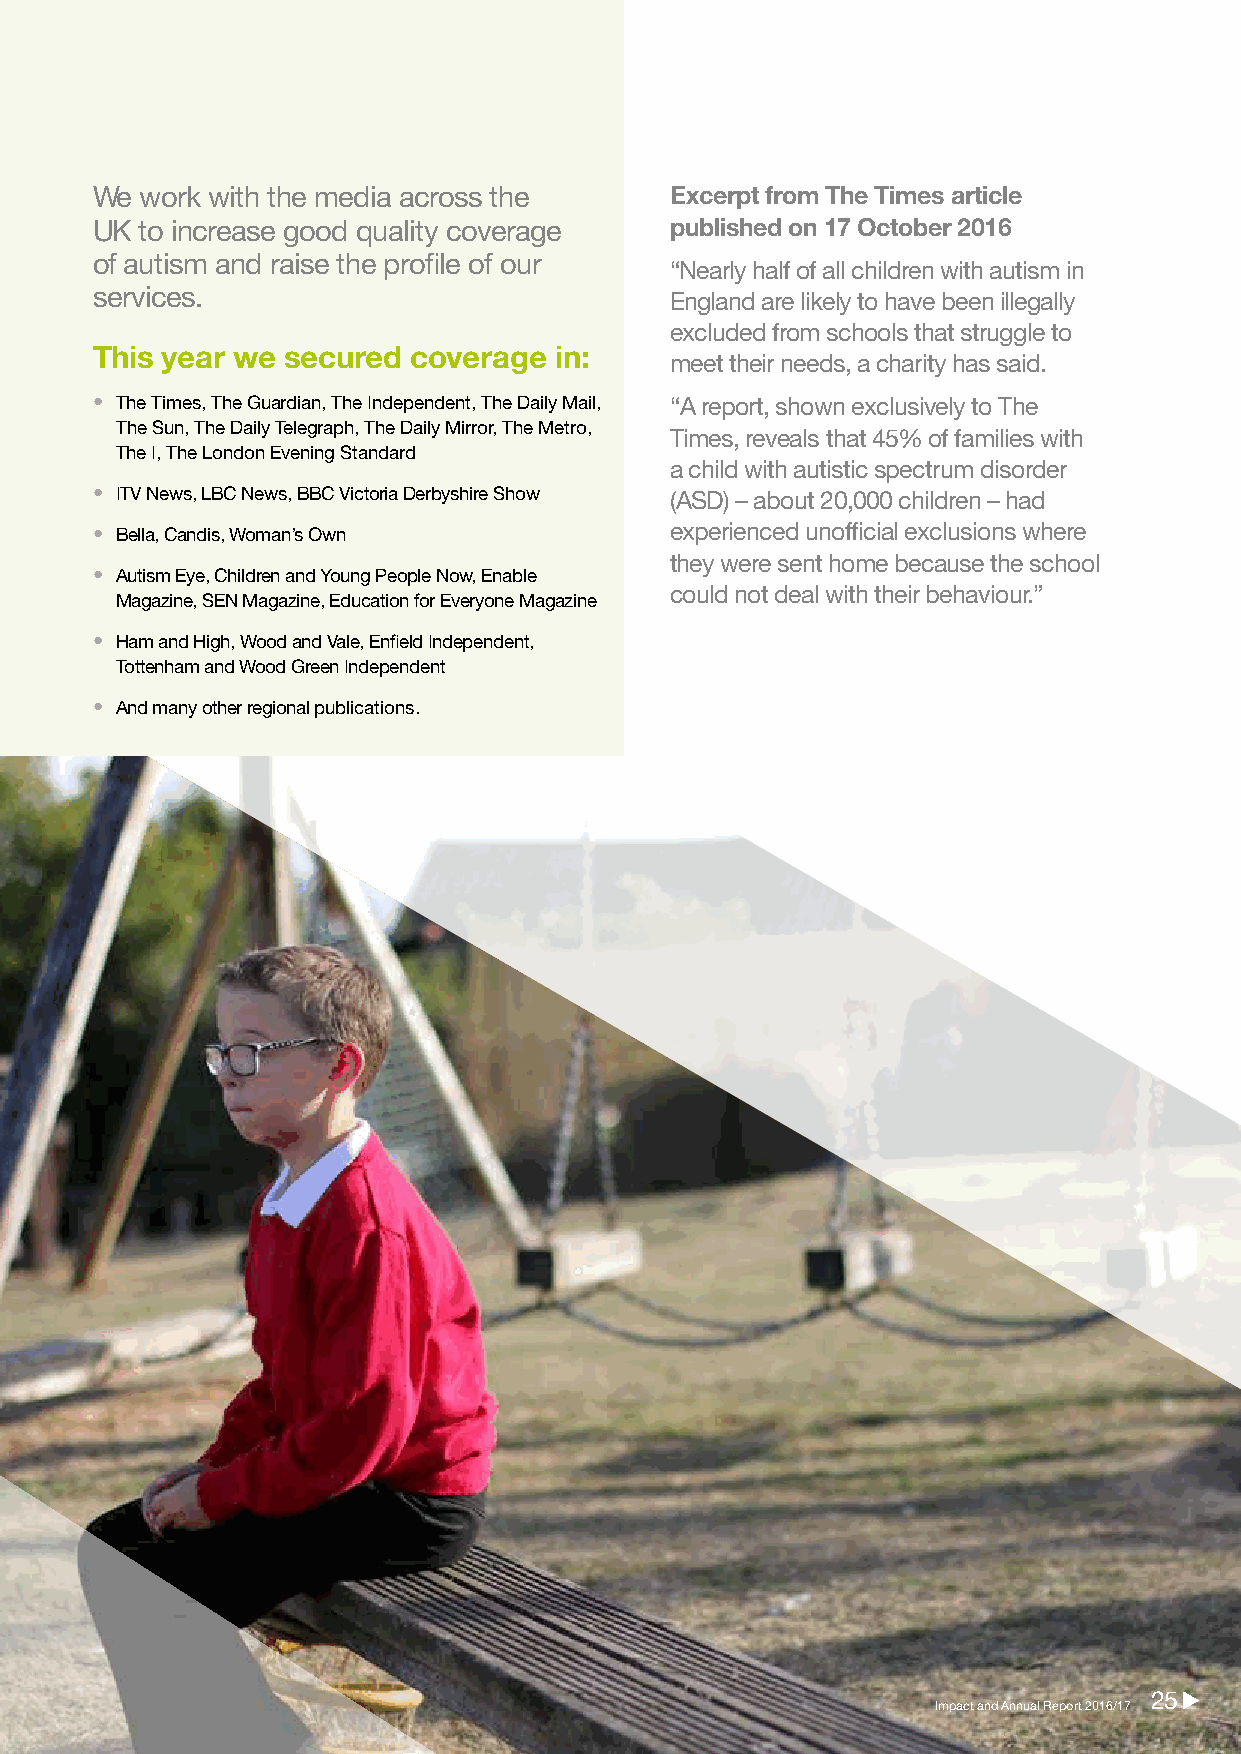
Media
 We work with the media across the     Excerpt from The Times article
 UK to increase good quality coverage  published on 17 October 2016
 of autism and raise the profile of our
 “Nearly half of all children with autism in
 services.                             England are likely to have been illegally
 excluded from schools that struggle to
 This year we secured coverage  in:
 meet their needs, a charity has said.
 • The Times, The Guardian, The Independent, The Daily Mail, “A report, shown exclusively to The
 The Sun, The Daily Telegraph, The Daily Mirror, The Metro,
 Times, reveals that 45% of families with
 The I, The London Evening Standard
 a child with autistic spectrum disorder
 • ITV News, LBC News, BBC Victoria Derbyshire Show (ASD) – about 20,000 children – had
 • Bella, Candis, Woman’s Own          experienced unofficial exclusions where
 they were sent home because the school
 • Autism Eye, Children and Young People Now, Enable
 could not deal with their behaviour.”
 Magazine, SEN Magazine, Education for Everyone Magazine
 • Ham and High, Wood and Vale, Enfield Independent,
 Tottenham and Wood Green Independent
 • And many other regional publications.
 2255
 IImmppaacctt aanndd AAnnnnuuaall RReeppoorrtt 22001166//1177